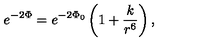
e ^ { - 2 \Phi } = e ^ { - 2 \Phi _ { 0 } } \left( 1 + \frac { k } { r ^ { 6 } } \right) ,